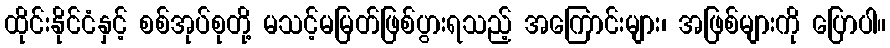
ထိုင်းနိုင်ငံနှင့် စစ်အုပ်စုတို့ မသင့်မမြတ်ဖြစ်ပွားရသည့် အကြောင်းများ၊ အဖြစ်များကို ပြောပါ။